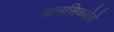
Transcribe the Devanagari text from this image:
मानसिकतेचे